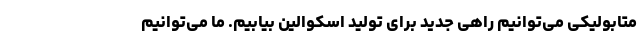
متابولیکی می‌توانیم راهی جدید برای تولید اسکوالین بیابیم. ما می‌توانیم